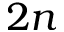
2 n